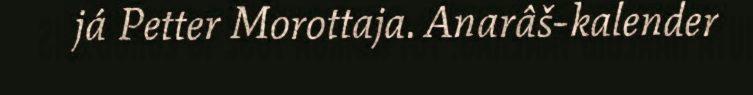
já Petter Morottaja. Anarâš-kalender